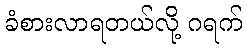
ခံစားလာရတယ်လို့ ဂရက်